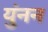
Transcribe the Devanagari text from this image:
युंनन